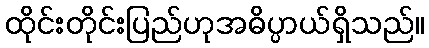
ထိုင်းတိုင်းပြည်ဟုအဓိပ္ပာယ်ရှိသည်။